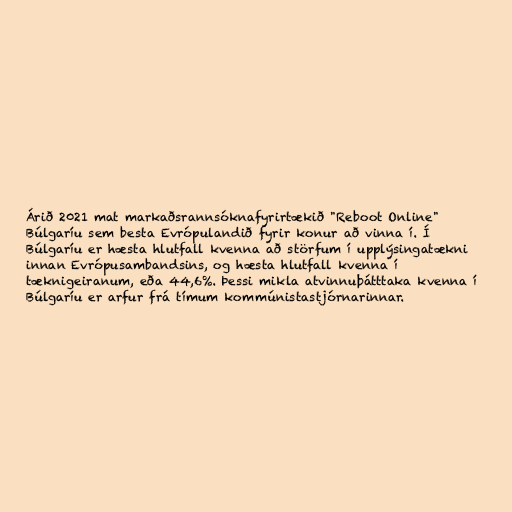
Árið 2021 mat markaðsrannsóknafyrirtækið "Reboot Online"
Búlgaríu sem besta Evrópulandið fyrir konur að vinna í. Í
Búlgaríu er hæsta hlutfall kvenna að störfum í upplýsingatækni
innan Evrópusambandsins, og hæsta hlutfall kvenna í
tæknigeiranum, eða 44,6%. Þessi mikla atvinnuþátttaka kvenna í
Búlgaríu er arfur frá tímum kommúnistastjórnarinnar.